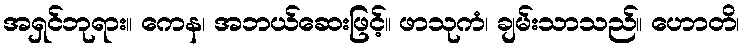
အရှင်ဘုရား။ ကေန၊ အဘယ်ဆေးဖြင့်။ ဖာသုကံ၊ ချမ်းသာသည်။ ဟောတိ၊